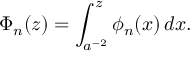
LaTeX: \Phi _ { n } ( z ) = \int _ { a ^ { - 2 } } ^ { z } \phi _ { n } ( x ) \, d x .